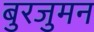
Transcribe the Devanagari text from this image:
बुरजुमन